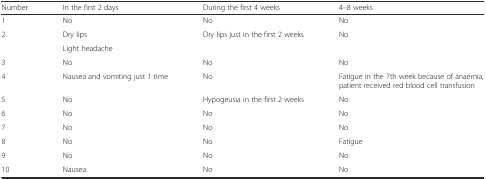
<table><thead><tr><td><b>Number</b></td><td><b>In the first 2 days</b></td><td><b>During the first 4 weeks</b></td><td><b>4–8 weeks</b></td></tr></thead><tbody><tr><td>1</td><td>No</td><td>No</td><td>No</td></tr><tr><td rowspan="2">2</td><td>Dry lips</td><td rowspan="2">Dry lips just in the first 2 weeks</td><td rowspan="2">No</td></tr><tr><td>Light headache</td></tr><tr><td>3</td><td>No</td><td>No</td><td>No</td></tr><tr><td>4</td><td>Nausea and vomiting just 1 time</td><td>No</td><td>Fatigue in the 7th week because of anaemia, patient received red blood cell transfusion</td></tr><tr><td>5</td><td>No</td><td>Hypogeusia in the first 2 weeks</td><td>No</td></tr><tr><td>6</td><td>No</td><td>No</td><td>No</td></tr><tr><td>7</td><td>No</td><td>No</td><td>No</td></tr><tr><td>8</td><td>No</td><td>No</td><td>Fatigue</td></tr><tr><td>9</td><td>No</td><td>No</td><td>No</td></tr><tr><td>10</td><td>Nausea</td><td>No</td><td>No</td></tr></tbody></table>